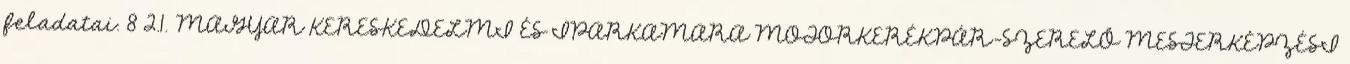
feladatai. 8 2.1. MAGYAR KERESKEDELMI ÉS IPARKAMARA MOTORKERÉKPÁR-SZERELŐ MESTERKÉPZÉSI